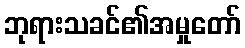
ဘုရားသခင်၏အမှုတော်